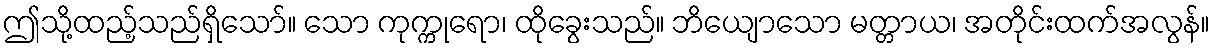
ဤသို့ထည့်သည်ရှိသော်။ သော ကုက္ကုရော၊ ထိုခွေးသည်။ ဘိယျောသော မတ္တာယ၊ အတိုင်းထက်အလွန်။